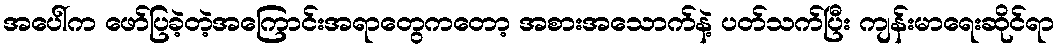
အပေါ်က ဖော်ပြခဲ့တဲ့အကြောင်းအရာတွေကတော့ အစားအသောက်နဲ့ ပတ်သက်ပြီး ကျန်းမာရေးဆိုင်ရာ